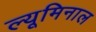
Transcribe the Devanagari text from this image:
ल्यूमिनाल